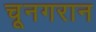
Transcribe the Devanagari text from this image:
चूनगरान